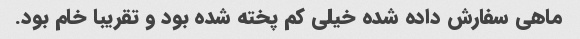
ماهی سفارش داده شده خیلی کم پخته شده بود و تقریبا خام بود.